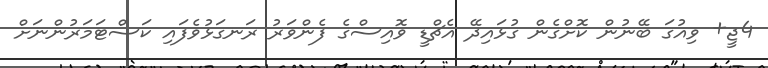
4ޖީ+ ވިއުގަ ބޭނުން ކޮށްގެން ގުޅައިދޭ އެޗްޑީ ވޮއިސްގެ ފެންވަރު ރަނގަޅުވެފައި ކަސްޓަމަރުންނަށް